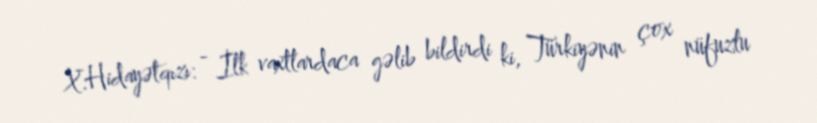
X.Hidayətqızı: - İlk vaxtlardaca gəlib bildirdi ki, Türkiyənin çox nüfuzlu